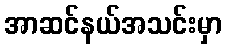
အာဆင်နယ်အသင်းမှာ